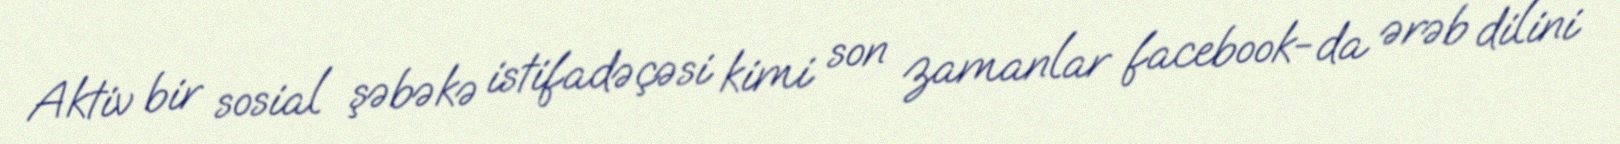
Aktiv bir sosial şəbəkə istifadəçəsi kimi son zamanlar facebook-da ərəb dilini